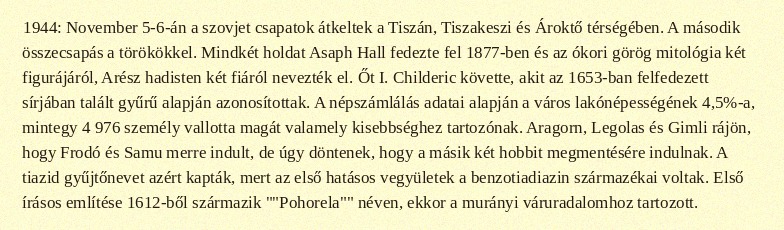
1944: November 5-6-án a szovjet csapatok átkeltek a Tiszán, Tiszakeszi és Ároktő térségében. A második összecsapás a törökökkel. Mindkét holdat Asaph Hall fedezte fel 1877-ben és az ókori görög mitológia két figurájáról, Arész hadisten két fiáról nevezték el. Őt I. Childeric követte, akit az 1653-ban felfedezett sírjában talált gyűrű alapján azonosítottak. A népszámlálás adatai alapján a város lakónépességének 4,5%-a, mintegy 4 976 személy vallotta magát valamely kisebbséghez tartozónak. Aragorn, Legolas és Gimli rájön, hogy Frodó és Samu merre indult, de úgy döntenek, hogy a másik két hobbit megmentésére indulnak. A tiazid gyűjtőnevet azért kapták, mert az első hatásos vegyületek a benzotiadiazin származékai voltak. Első írásos említése 1612-ből származik ""Pohorela"" néven, ekkor a murányi váruradalomhoz tartozott.